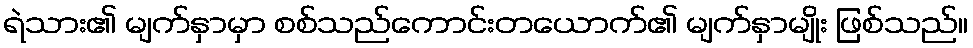
ရဲသား၏ မျက်နှာမှာ စစ်သည်ကောင်းတယောက်၏ မျက်နှာမျိုး ဖြစ်သည်။